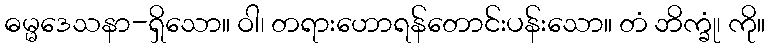
ဓမ္မဒေသနာ-ရှိသော။ ဝါ၊ တရားဟောရန်တောင်းပန်းသော။ တံ ဘိက္ခုံ၊ ကို။